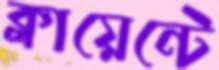
ক্লায়েন্টে